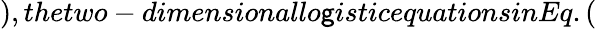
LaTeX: ),thetwo-dimensionallo\mathsf{g}isticequationsinEq.(